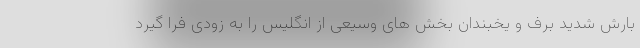
بارش شدید برف و یخبندان بخش های وسیعی از انگلیس را به زودی فرا گیرد